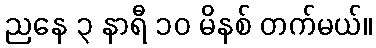
ညနေ ၃ နာရီ ၁၀ မိနစ် တက်မယ်။